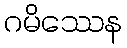
ဂမိဿေန